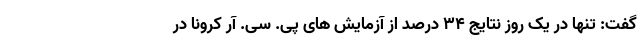
گفت: تنها در یک روز نتایج ۳۴ درصد از آزمایش های پی. سی. آر کرونا در